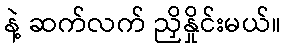
နဲ့ ဆက်လက် ညှိနှိုင်းမယ်။